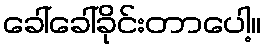
ခေါ်ခေါ်ခိုင်းတာပေါ့။